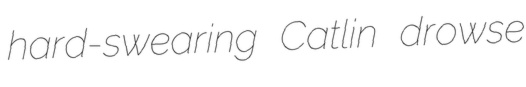
hard-swearing Catlin drowse